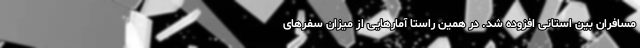
مسافران بین استانی افزوده شد. در همین راستا آمارهایی از میزان سفرهای